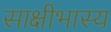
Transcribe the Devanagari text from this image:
साक्षीभास्य